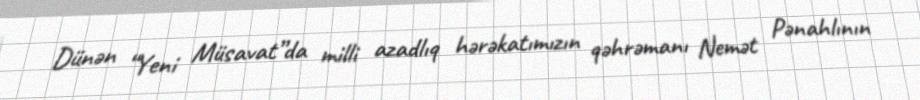
Dünən “Yeni Müsavat”da milli azadlıq hərəkatımızın qəhrəmanı Nemət Pənahlının